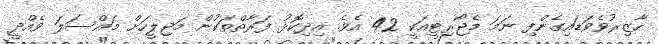
ހާޒިރުވެވަޑައިގެންފި ނަމަ މެޖޯރިޓީއަކީ 42 އެވެ. އިދިކޮޅު ފަރާތްތަކުން މަޖިލީހަށް މައްސަލަ ވެއްދީ